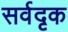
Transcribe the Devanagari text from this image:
सर्वदृक